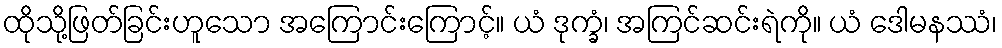
ထိုသို့ဖြတ်ခြင်းဟူသော အကြောင်းကြောင့်။ ယံ ဒုက္ခံ၊ အကြင်ဆင်းရဲကို။ ယံ ဒေါမနဿံ၊